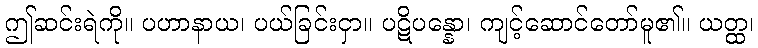
ဤဆင်းရဲကို။ ပဟာနာယ၊ ပယ်ခြင်းငှာ။ ပဋိပန္နော၊ ကျင့်ဆောင်တော်မူ၏။ ယတ္ထ၊